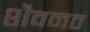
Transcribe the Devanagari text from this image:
शैवमठ